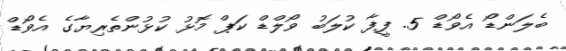
ބެލަންޑޯ އެވޯޑް 5. ފީފާ ކުލަބު ވޯލްޑް ކަޕް މޮޅު ކުޅުންތެރިޔާގެ އެވޯޑް